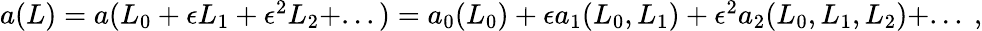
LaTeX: \begin{array}{r}{a(L)=a(L_{0}+\epsilon L_{1}+\epsilon^{2}L_{2}+...)=a_{0}(L_{0})+\epsilon a_{1}(L_{0},L_{1})+\epsilon^{2}a_{2}(L_{0},L_{1},L_{2})+...\ ,}\end{array}